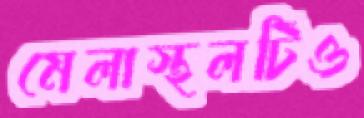
মেলাস্থলটিও